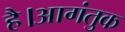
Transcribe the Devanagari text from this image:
है।आगंतुक